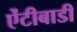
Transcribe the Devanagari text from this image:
ऐंटीबाडी